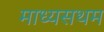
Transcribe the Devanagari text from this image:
माध्यसथम